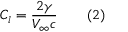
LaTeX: C _ { l } = { \frac { 2 \gamma } { V _ { \infty } c } } \qquad ( 2 )